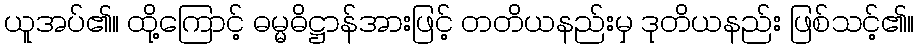
ယူအပ်၏။ ထို့ကြောင့် ဓမ္မဓိဋ္ဌာန်အားဖြင့် တတိယနည်းမှ ဒုတိယနည်း ဖြစ်သင့်၏။